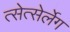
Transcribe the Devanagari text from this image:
त्सेत्सेर्लेग